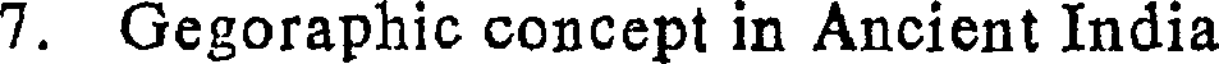
7. Gegoraphic concept in Ancient India